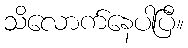
သိလောက်နေပါပြီ။